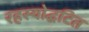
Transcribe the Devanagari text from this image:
रहस्योद्घटित